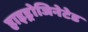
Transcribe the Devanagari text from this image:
हाइड्रोजिनेटेड